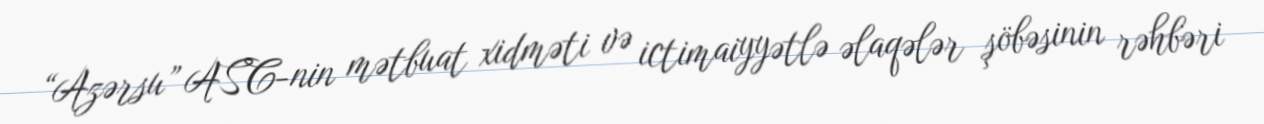
“Azərsu” ASC-nin mətbuat xidməti və ictimaiyyətlə əlaqələr şöbəsinin rəhbəri